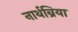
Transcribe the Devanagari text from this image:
नार्थब्रिया